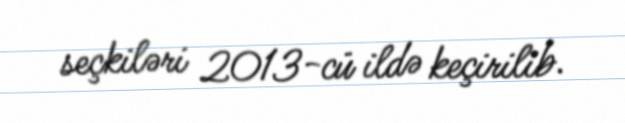
seçkiləri 2013-cü ildə keçirilib.